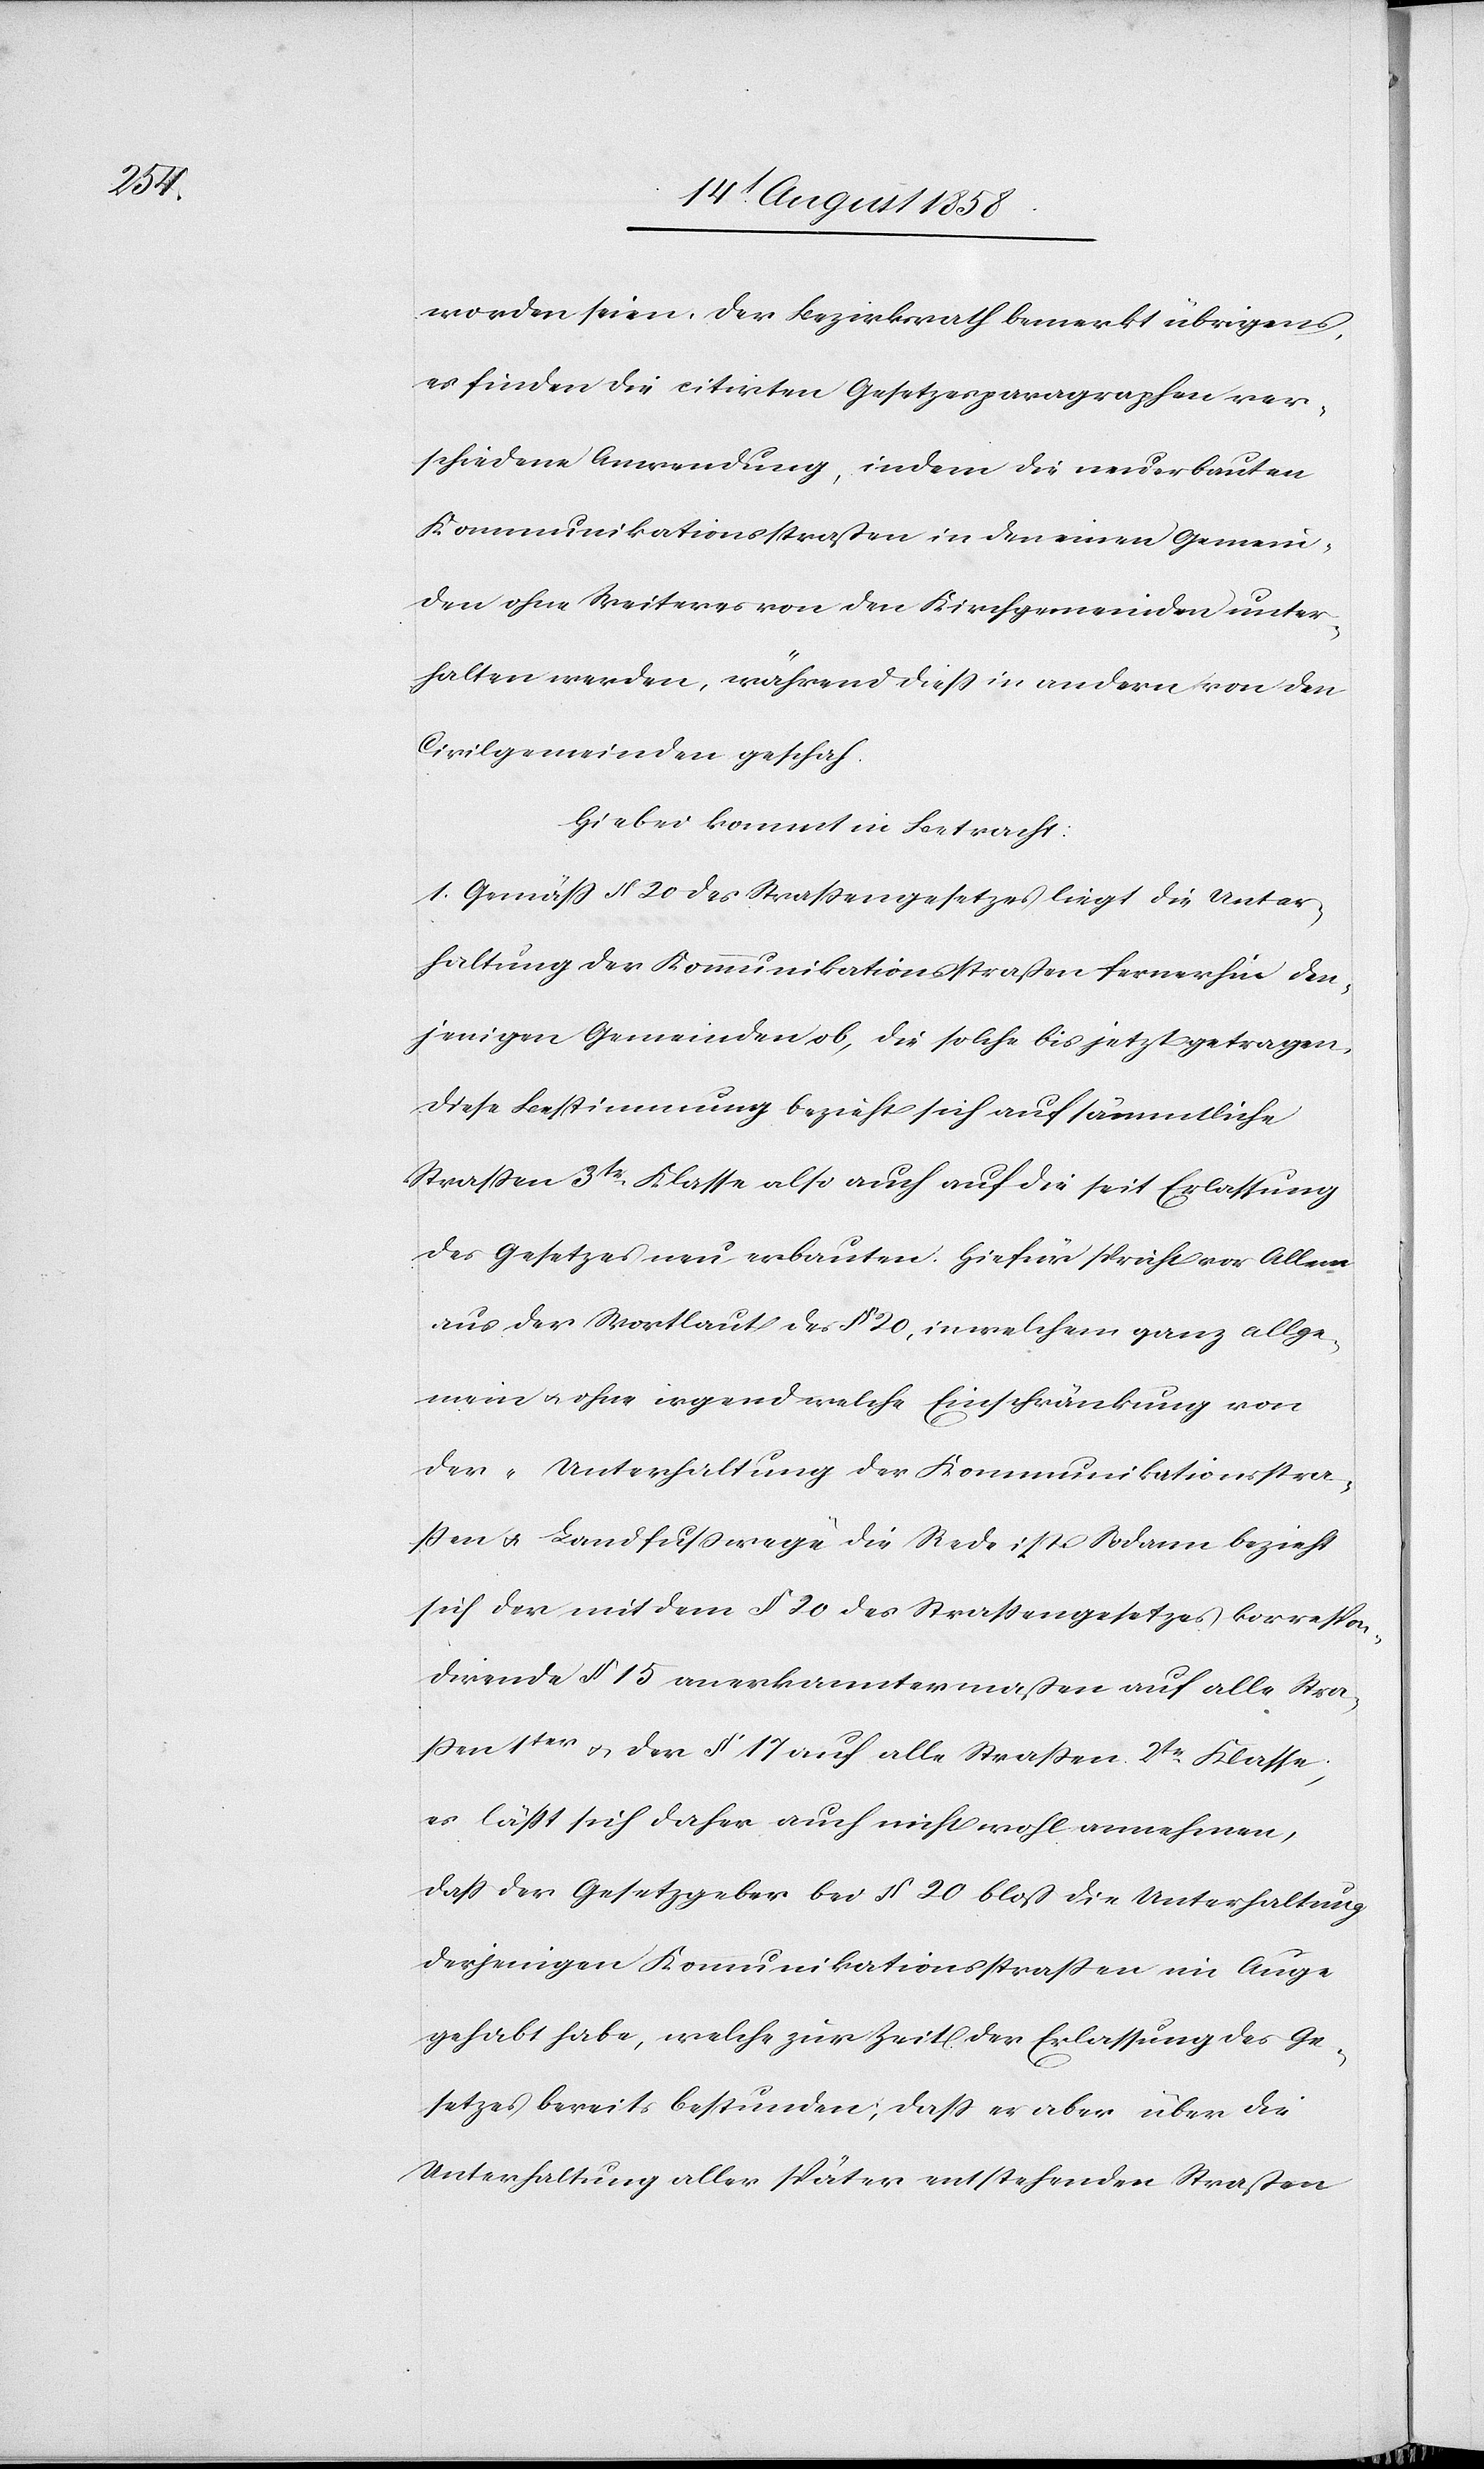
worden seien. Der Bezirksrath bemerkt übrigens,
es finden die citirten Gesetzesparagraphen ver¬
schiedene Anwendung, indem die neuerbauten
Kommunikationsstraßen in den einen Gemein¬
den ohne Weiteres von den Kirchgemeinden unter¬
halten werden, während diess in andern von den
Civilgemeinden geschah.
Hiebei kommt in Betracht:
1. Gemäss § 20 des Strassengesetzes liegt die Unter¬
haltung der Kommunikationsstraßen fernerhin den¬
jenigen Gemeinden ob, die solche bis jetzt getragen.
Diese Bestimmung bezieht sich auf sämmtliche
Strassen 3tr. Klasse also auch auf die seit Erlassung
des Gesetzes neu erbauten. Hiefür spricht vor Allem
aus der Wortlaut des § 20, in welchem ganz allge¬
mein & ohne irgend welche Einschränkung von
der „Unterhaltung der Kommunikationsstra¬
ßen & Landfusswege“ die Rede ist. Sodann bezieht
sich der mit dem § 20 des Strassengesetzes korrespon¬
dirende § 15 anerkanntermaßen auf alle Stra¬
ssen 1ter & der § 17 auf alle Strassen 2tr. Klasse;
es lässt sich daher auch nicht wohl annehmen,
dass der Gesetzgeber bei § 20 bloß die Unterhaltung
derjenigen Kommunikationsstrassen im Auge
gehabt habe, welche zur Zeit der Erlassung des Ge¬
setzes bereits bestunden; dass er aber über die
Unterhaltung aller später entstehenden Straßen